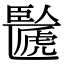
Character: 𠥸